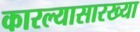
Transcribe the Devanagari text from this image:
कारल्यासारख्या